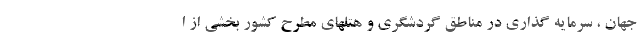
جهان ، سرمایه گذاری در مناطق گردشگری و هتلهای مطرح کشور بخشی از ا